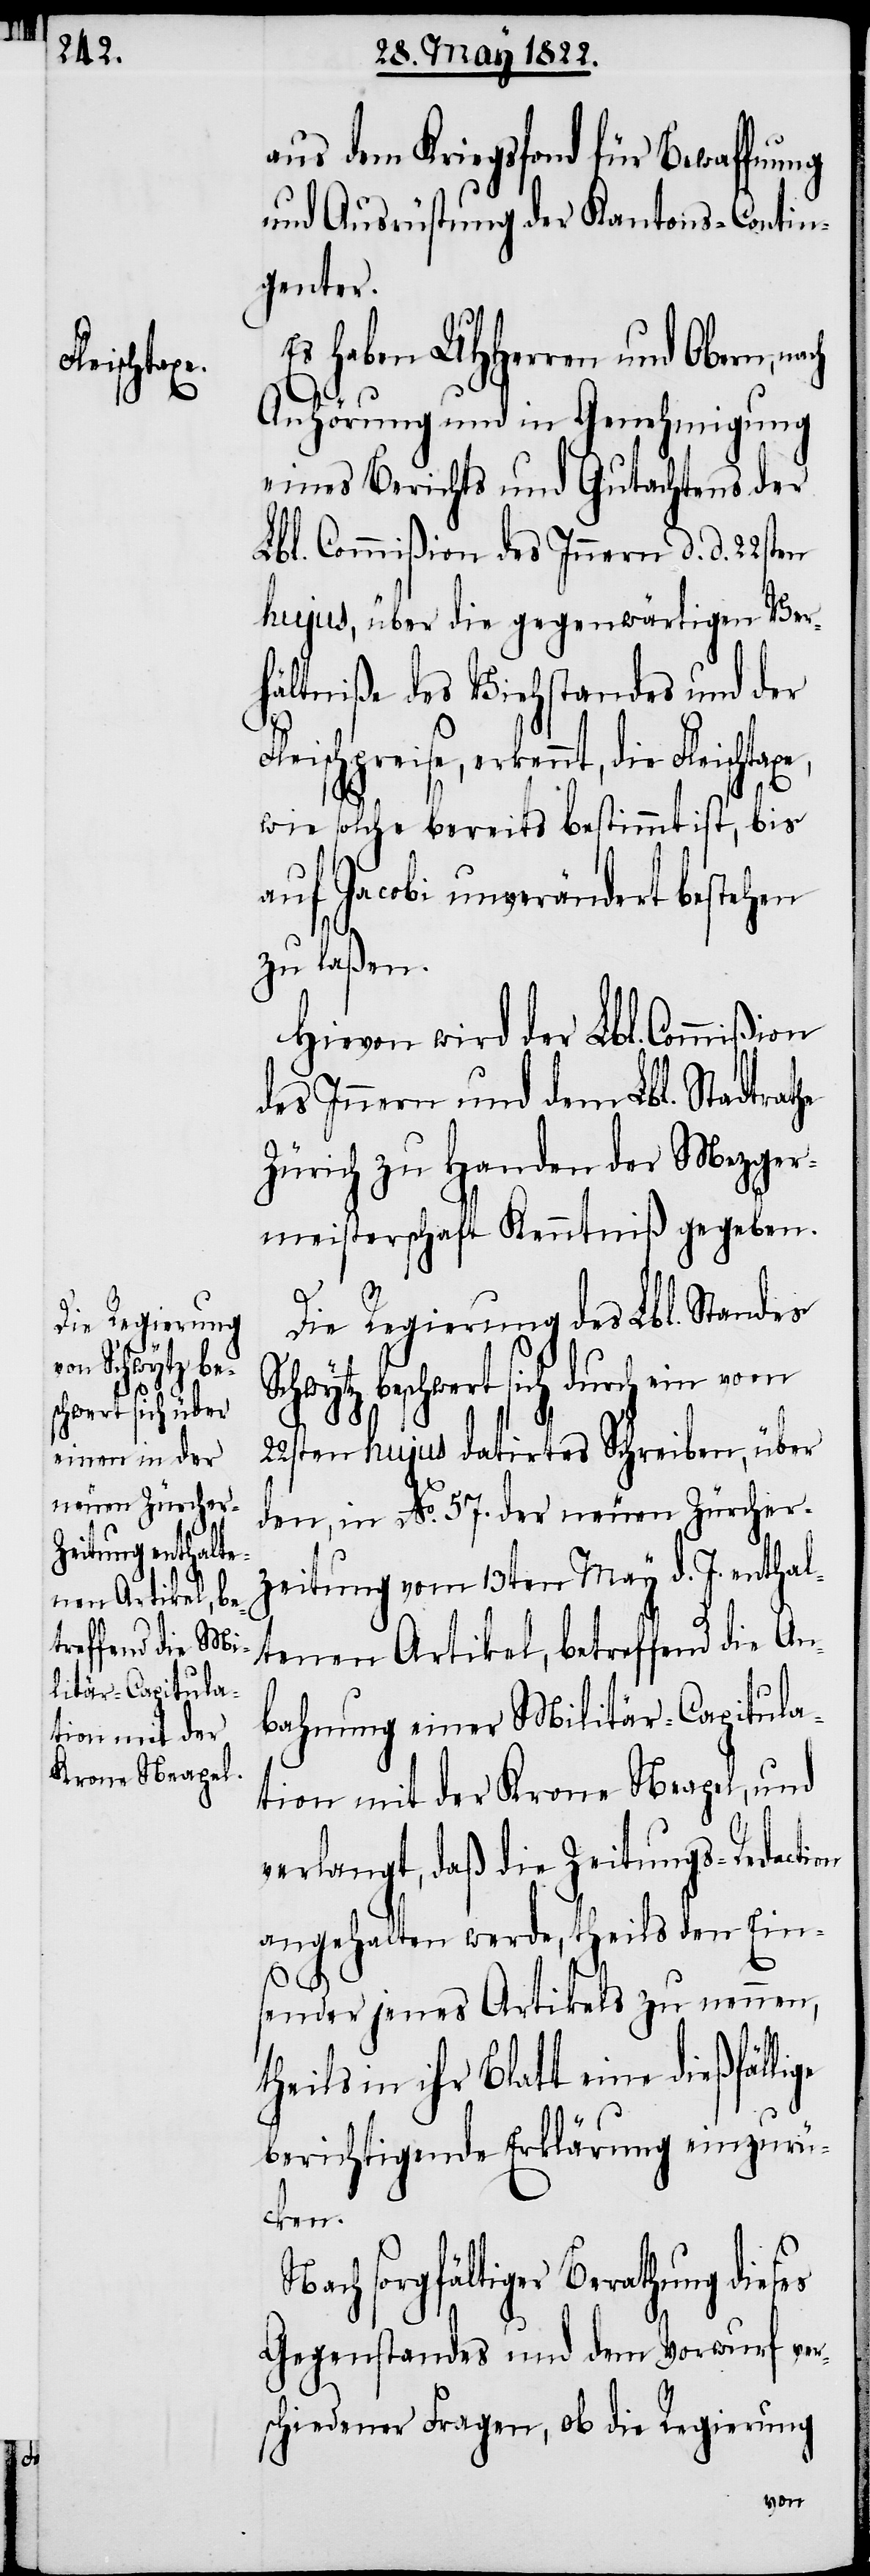
ige

on

aus dem Kriegsfond für Bewaffnung
und Ausrüstung der Kantons-Contin¬
genter.
Es haben UHHerren und Obern,
Anhörung und in Genehmigung
eines Berichts und Gutachtens der
Lbl. Commißion des Innern d. d. 22sten
hujus, über die gegenwärtigen Ver¬
hältniße des Viehstandes und der
Fleischpreise, erkennt, die Fleischta¬
wie solche bereits bestimmt ist, bis
auf Jacobi unverändert bestehen
zu laßen.
Hievon wird der Lbl. Commißion
des Innern und dem Lbl. Stadtrathe
Zürich zu Handen der Mezger¬
meisterschaft Kenntniß gegeben.
Die Regierung des Lbl. Standes
beschwert sich durch ein
22sten hujus datirtes Schreiben, über
den, in No. 57. der neuen Züricher-Z¬
eitung vom 13ten May d. J. enthal¬
tenen Artikel, betreffend die An¬
bahnung einer Militär-Capitula¬
tion mit der Krone Neapel, und
verlangt, daß die Zeitungs-Redacti¬
angehalten werde, theils den Ein¬
sender jenes Artikels zu nennen,
theils in ihr Blatt eine dießfäll¬
berichtigende Erklärung einzurü¬
cken.
Nach sorgfältiger Berathung dieses
Gegenstandes und dem Vorwurf ver¬
schiedener Fragen, ob die Regierung